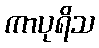
ကာပုရိသ